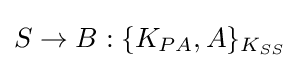
S\rightarrow B:\{K_{PA},A\}_{K_{SS}}